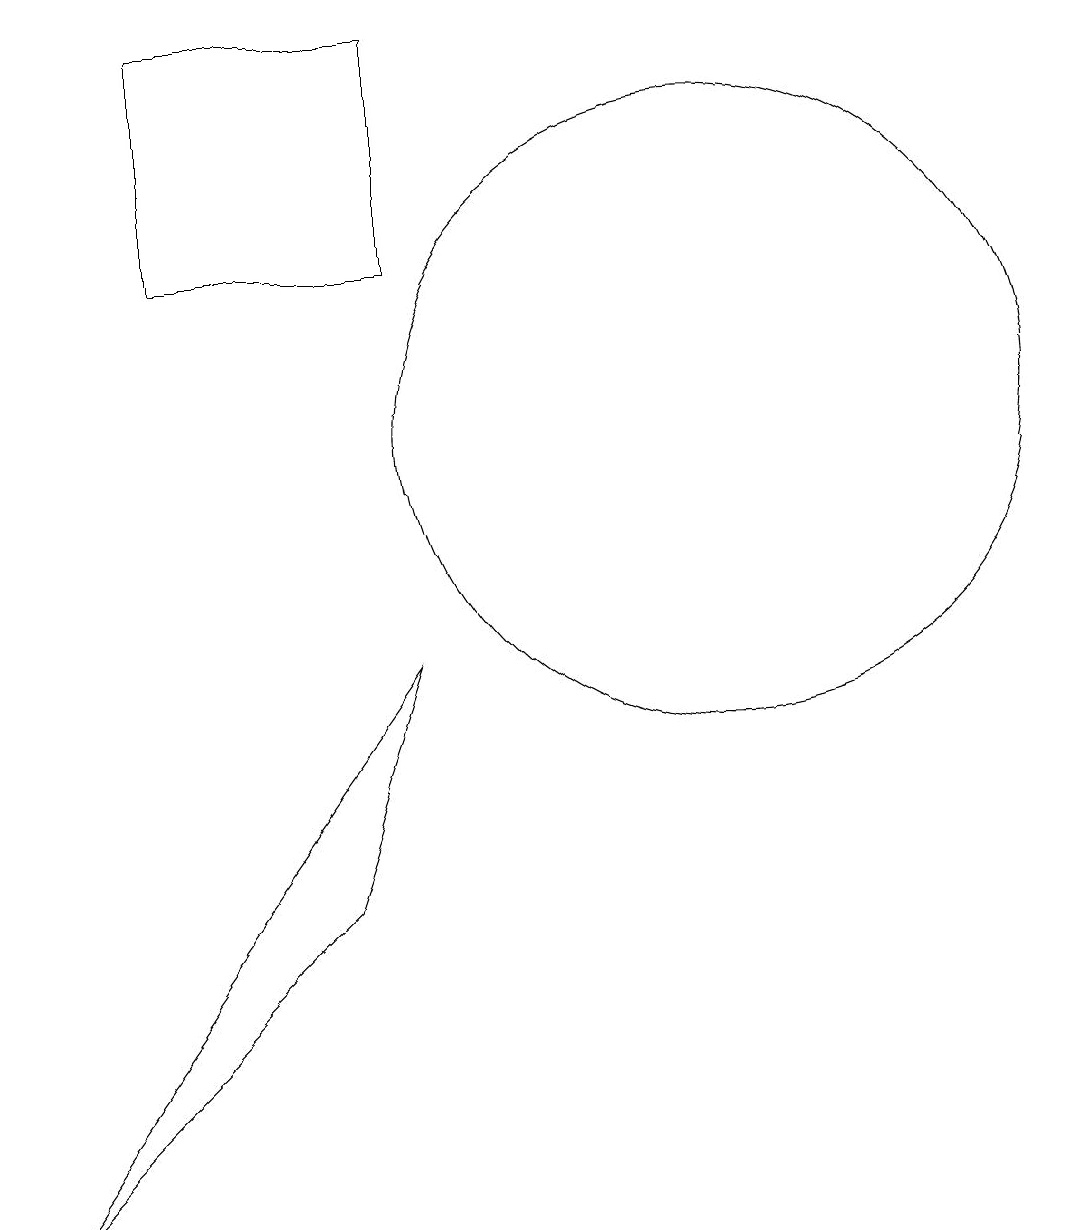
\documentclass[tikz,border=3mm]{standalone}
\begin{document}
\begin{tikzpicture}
\draw (3,14) rectangle (6,17);
\draw (10,12) circle (4);
\draw (6,9) -- (5,6) -- (1,2) -- cycle;
\draw (12,12) circle (0);
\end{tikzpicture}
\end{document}